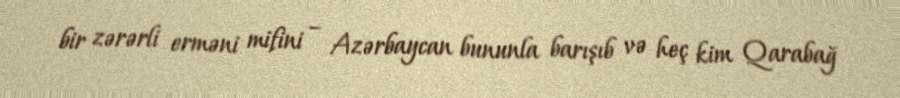
bir zərərli erməni mifini – Azərbaycan bununla barışıb və heç kim Qarabağ